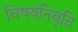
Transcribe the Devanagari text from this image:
विषयनिवृति